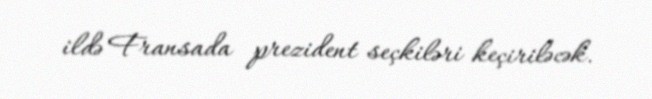
ildə Fransada prezident seçkiləri keçiriləcək.